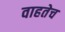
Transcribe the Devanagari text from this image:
वाहतेच